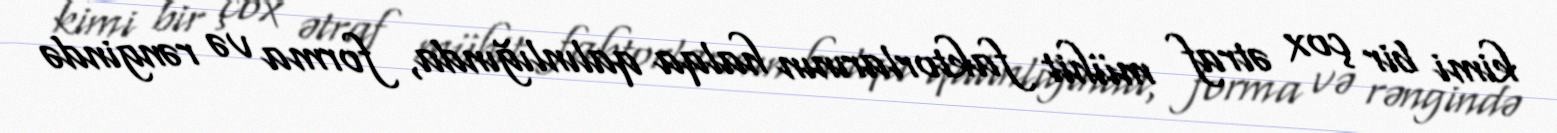
kimi bir çox ətraf mühit faktorlarının halqa qalınlığında, forma və rəngində